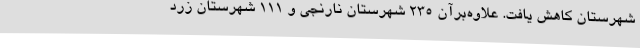
شهرستان کاهش یافت. علاوه‌برآن ۲۳۵ شهرستان نارنجی و ۱۱۱ شهرستان زرد